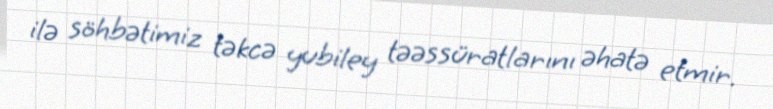
ilə söhbətimiz təkcə yubiley təəssüratlarını əhatə etmir.